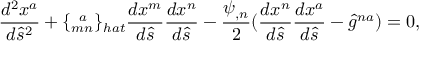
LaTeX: \frac { d ^ { 2 } x ^ { a } } { d \hat { s } ^ { 2 } } + \{ _ { m n } ^ { \; \; a } \} _ { h a t } \frac { d x ^ { m } } { d \hat { s } } \frac { d x ^ { n } } { d \hat { s } } - \frac { \psi _ { , n } } { 2 } ( \frac { d x ^ { n } } { d \hat { s } } \frac { d x ^ { a } } { d \hat { s } } - \hat { g } ^ { n a } ) = 0 ,